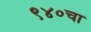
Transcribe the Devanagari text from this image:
९४०चा